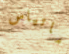
ماتياس